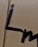
Text: Lm